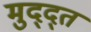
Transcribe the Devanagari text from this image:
मुद्द्त